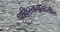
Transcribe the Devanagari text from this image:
पाकिस्तानातदेखील